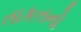
તાકતનો